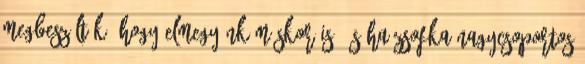
Megbeszéltük, hogy elmegyünk máskor is, és ha Zsofka nagycsoportos